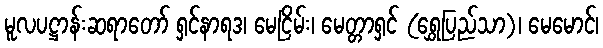
မူလပဋ္ဌာန်းဆရာတော် ရှင်နာရဒ၊ မေငြိမ်း၊ မေတ္တာရှင် (ရွှေပြည်သာ)၊ မေမောင်၊